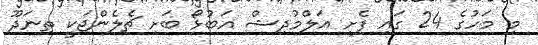
މި މަހުގެ 24 ގައި ފެށި އަލްމުދިޝް އަބުޅޯ ބަށި ޗެލެންޖަކީ ތިނަދޫ